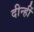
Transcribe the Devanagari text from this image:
दीन्‍हीं